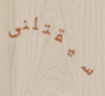
سيقتلنى